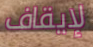
لإيقاف